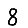
Digit: 8